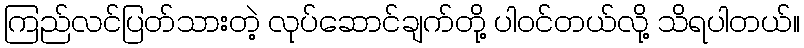
ကြည်လင်ပြတ်သားတဲ့ လုပ်ဆောင်ချက်တို့ ပါဝင်တယ်လို့ သိရပါတယ်။